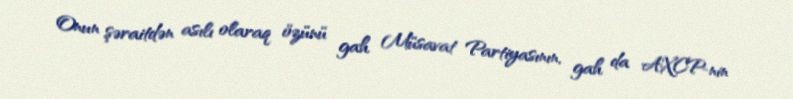
Onun şəraitdən asılı olaraq özünü gah Müsavat Partiyasının, gah da AXCP-nin